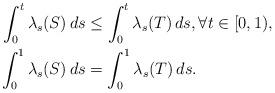
LaTeX: \begin{align*}\int_0^t \lambda_s(S)\, ds &\leq \int_0^t \lambda_s(T)\, ds, \forall t \in [0,1),\ \\\int_0^1 \lambda_s(S)\, ds &= \int_0^1 \lambda_s(T)\, ds.\end{align*}